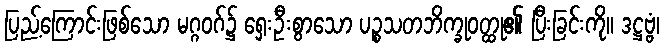
ပြည့်ကြောင်းဖြစ်သော မဂ္ဂဝဂ်၌ ရှေးဦးစွာသော ပဉ္စသတဘိက္ခုဝတ္ထု၏ ပြီးခြင်းကို။ ဒဋ္ဌဗ္ဗံ၊